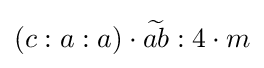
(c:a:a)\cdot {\widetilde {ab}}:4\cdot m